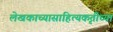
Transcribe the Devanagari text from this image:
लेखकाच्यासाहित्यकृतीच्या